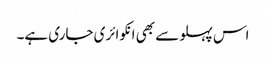
اس پہلو سے بھی انکوائری جاری ہے۔